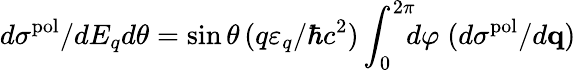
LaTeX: d\sigma^{\mathrm{pol}}/dE_{q}d\theta=\sin\theta\, (q\varepsilon_{q}/\hbar c^{2})\int_{0}^{2\pi}\! \! \! d\varphi\; (d\sigma^{\mathrm{pol}}/d{\mathbf q})